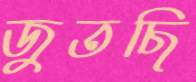
জুতছি